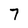
Character: 7